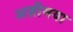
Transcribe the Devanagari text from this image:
अज़ीमया